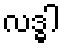
လဒ္ဓါ